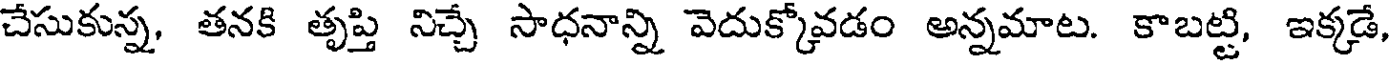
చేసుకున్న, తనకి తృప్తి నిచ్చే సాధనాన్ని వెదుక్కోవడం అన్నమాట. కాబట్టి, ఇక్కడే,